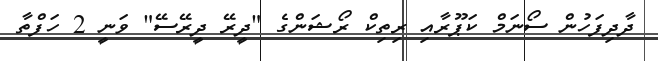
ދާދިފަހުން ސޯނަމް ކަޕޫރާއި ރިތިކް ރޯޝަންގެ "ދީރޭ ދީރޭސޭ" ވަނީ 2 ހަފްތާ